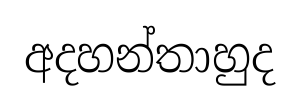
අදහන්තාහුද